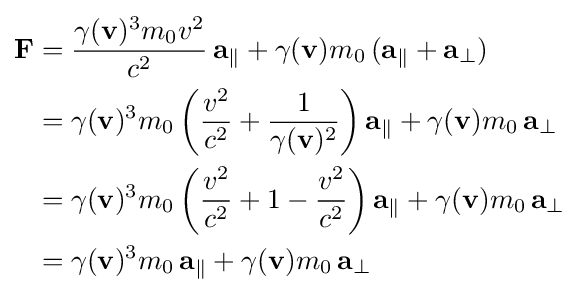
{\begin{aligned}\mathbf {F} &={\frac {\gamma (\mathbf {v} )^{3}m_{0}v^{2}}{c^{2}}}\,\mathbf {a} _{\parallel }+\gamma (\mathbf {v} )m_{0}\,(\mathbf {a} _{\parallel }+\mathbf {a} _{\perp })\\&=\gamma (\mathbf {v} )^{3}m_{0}\left({\frac {v^{2}}{c^{2}}}+{\frac {1}{\gamma (\mathbf {v} )^{2}}}\right)\mathbf {a} _{\parallel }+\gamma (\mathbf {v} )m_{0}\,\mathbf {a} _{\perp }\\&=\gamma (\mathbf {v} )^{3}m_{0}\left({\frac {v^{2}}{c^{2}}}+1-{\frac {v^{2}}{c^{2}}}\right)\mathbf {a} _{\parallel }+\gamma (\mathbf {v} )m_{0}\,\mathbf {a} _{\perp }\\&=\gamma (\mathbf {v} )^{3}m_{0}\,\mathbf {a} _{\parallel }+\gamma (\mathbf {v} )m_{0}\,\mathbf {a} _{\perp }\end{aligned}}